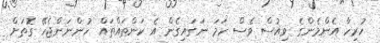
ހުރިހާ އެންމެންގެ ވިއުސް ވެސް ހަމަ ނަގައިގެން އެ ކަންތައްތައް ހުންނަންޖެހޭ ގޮތަށް